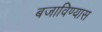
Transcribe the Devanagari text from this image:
बजाविण्यास